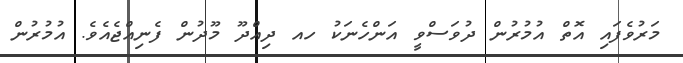
މަރުވެފައި އޮތް އުމުރުން ދުވަސްވީ އަންހެނަކު ހއ ދިއްދޫ މޫދުން ފެނިއްޖެއެވެ. އުމުރުން